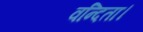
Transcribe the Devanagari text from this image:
वन्दिता।